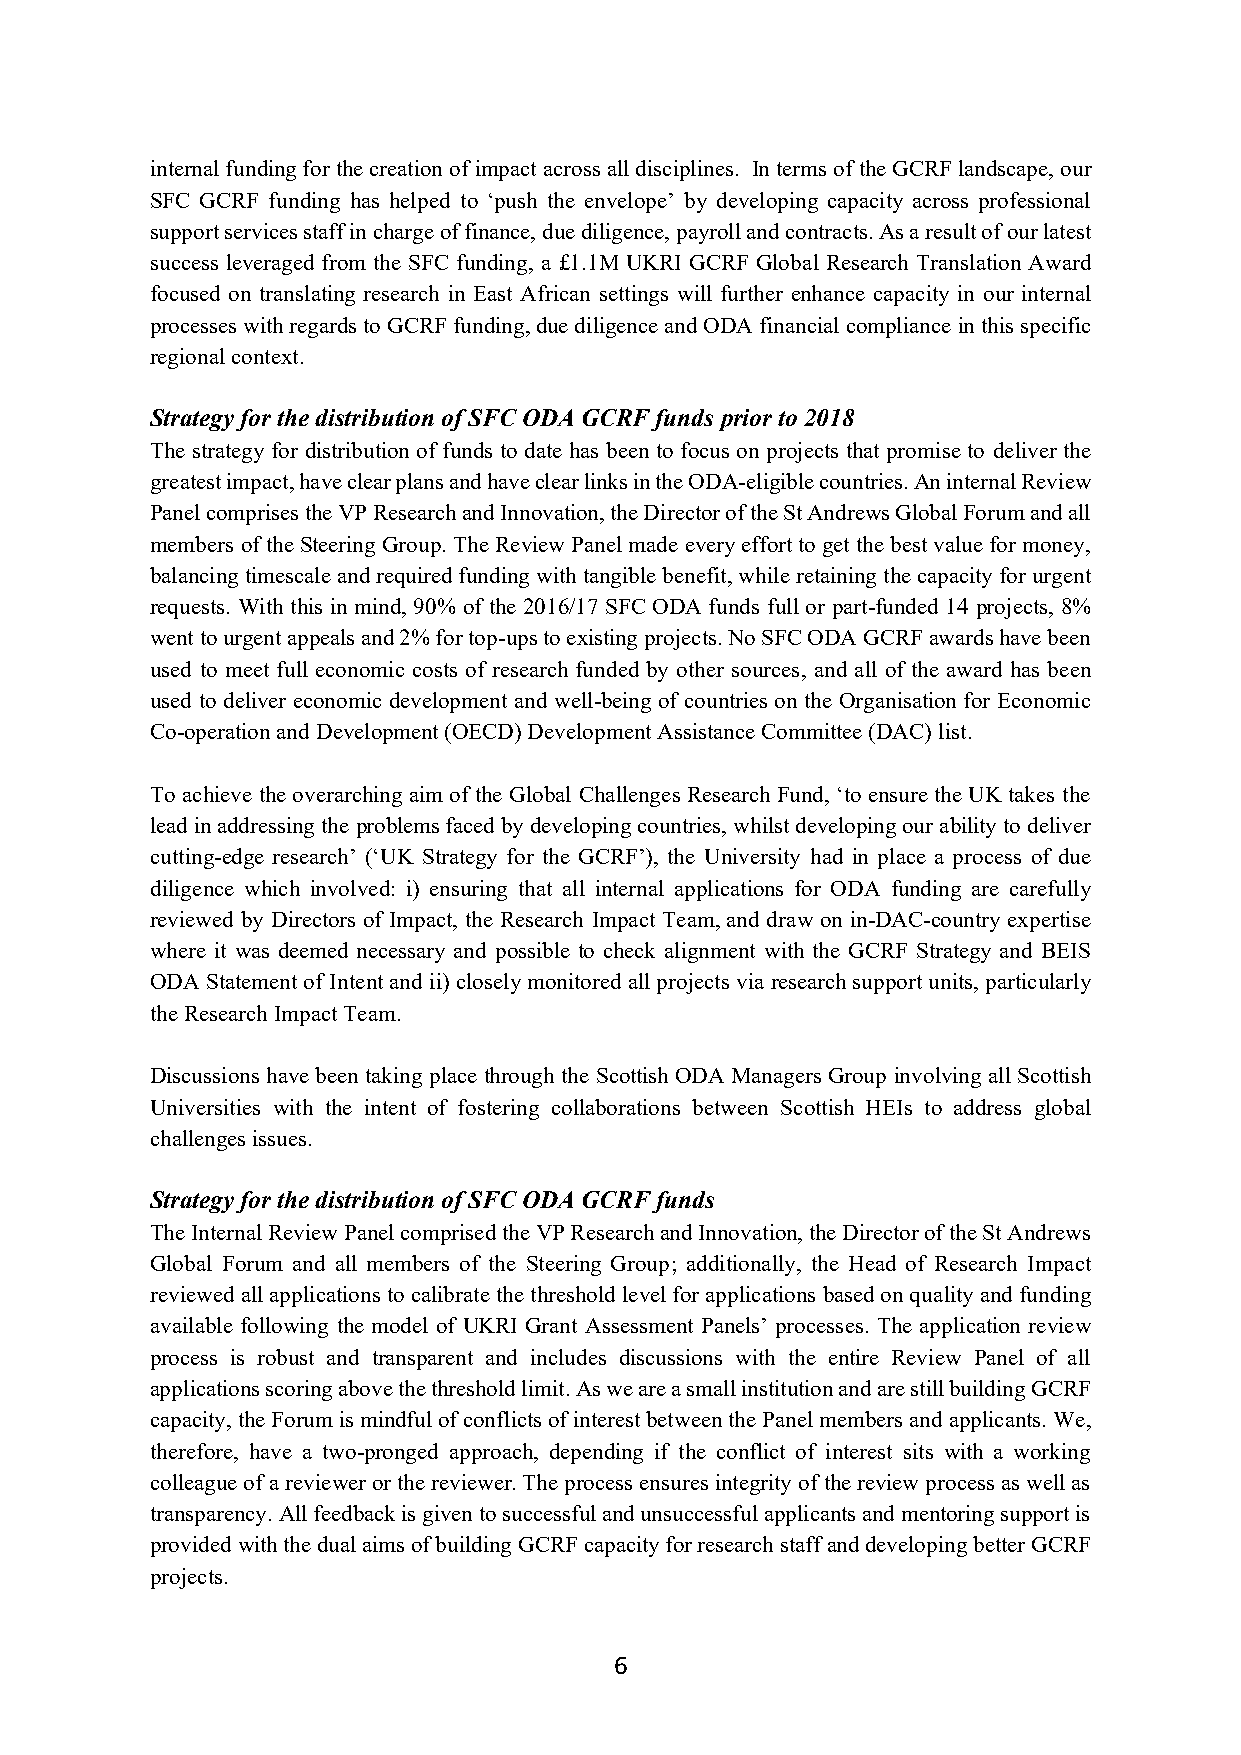
internal funding for the creation of impact across all disciplines. In terms of the GCRF landscape, our
 SFC GCRF funding has helped to ‘push the envelope’ by developing capacity across professional
 support services staff in charge of finance, due diligence, payroll and contracts. As a result of our latest
 success leveraged from the SFC funding, a £1.1M UKRI GCRF Global Research Translation Award
 focused on translating research in East African settings will further enhance capacity in our internal
 processes with regards to GCRF funding, due diligence and ODA financial compliance in this specific
 regional context.
 Strategy for the distribution of SFC ODA GCRF funds prior to 2018
 The strategy for distribution of funds to date has been to focus on projects that promise to deliver the
 greatest impact, have clear plans and have clear links in the ODA-eligible countries. An internal Review
 Panel comprises the VP Research and Innovation, the Director of the St Andrews Global Forum and all
 members of the Steering Group. The Review Panel made every effort to get the best value for money,
 balancing timescale and required funding with tangible benefit, while retaining the capacity for urgent
 requests. With this in mind, 90% of the 2016/17 SFC ODA funds full or part-funded 14 projects, 8%
 went to urgent appeals and 2% for top-ups to existing projects. No SFC ODA GCRF awards have been
 used to meet full economic costs of research funded by other sources, and all of the award has been
 used to deliver economic development and well-being of countries on the Organisation for Economic
 Co-operation and Development (OECD) Development Assistance Committee (DAC) list.
 To achieve the overarching aim of the Global Challenges Research Fund, ‘to ensure the UK takes the
 lead in addressing the problems faced by developing countries, whilst developing our ability to deliver
 cutting-edge research’ (‘UK Strategy for the GCRF’), the University had in place a process of due
 diligence which involved: i) ensuring that all internal applications for ODA funding are carefully
 reviewed by Directors of Impact, the Research Impact Team, and draw on in-DAC-country expertise
 where it was deemed necessary and possible to check alignment with the GCRF Strategy and BEIS
 ODA Statement of Intent and ii) closely monitored all projects via research support units, particularly
 the Research Impact Team.
 Discussions have been taking place through the Scottish ODA Managers Group involving all Scottish
 Universities with the intent of fostering collaborations between Scottish HEIs to address global
 challenges issues.
 Strategy for the distribution of SFC ODA GCRF funds
 The Internal Review Panel comprised the VP Research and Innovation, the Director of the St Andrews
 Global Forum and all members of the Steering Group; additionally, the Head of Research Impact
 reviewed all applications to calibrate the threshold level for applications based on quality and funding
 available following the model of UKRI Grant Assessment Panels’ processes. The application review
 process is robust and transparent and includes discussions with the entire Review Panel of all
 applications scoring above the threshold limit. As we are a small institution and are still building GCRF
 capacity, the Forum is mindful of conflicts of interest between the Panel members and applicants. We,
 therefore, have a two-pronged approach, depending if the conflict of interest sits with a working
 colleague of a reviewer or the reviewer. The process ensures integrity of the review process as well as
 transparency. All feedback is given to successful and unsuccessful applicants and mentoring support is
 provided with the dual aims of building GCRF capacity for research staff and developing better GCRF
 projects.
 6